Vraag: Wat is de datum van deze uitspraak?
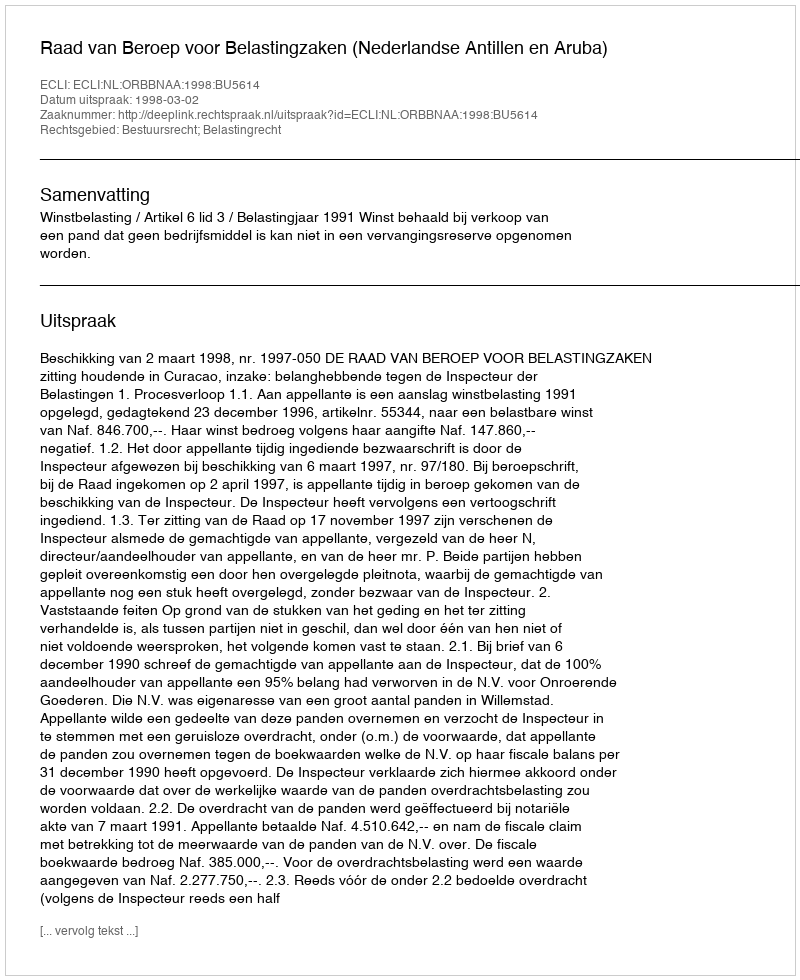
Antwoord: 1998-03-02